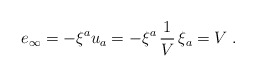
\begin{align*}e_{\infty}=-\xi^{a}u_{a}=-\xi^{a}\,{1\over V}\,\xi_{a}=V\;.\end{align*}